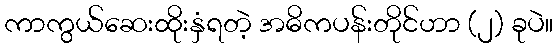
ကာကွယ်ဆေးထိုးနှံရတဲ့ အဓိကပန်းတိုင်ဟာ (၂) ခုပဲ။